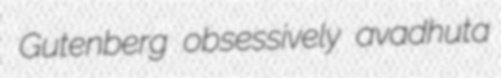
Gutenberg obsessively avadhuta